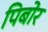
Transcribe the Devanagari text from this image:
पिबोर